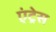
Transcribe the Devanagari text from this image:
एंट्रेस